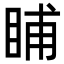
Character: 䀯